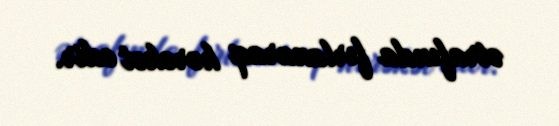
ətrafında fırlanaraq hərəkət edir.